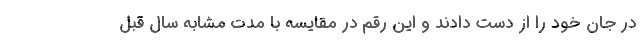
در جان خود را از دست دادند و این رقم در مقایسه با مدت مشابه سال قبل